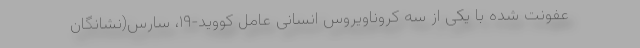
عفونت شده با یکی از سه کروناویروس انسانی عامل کووید-۱۹، سارس(نشانگان